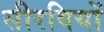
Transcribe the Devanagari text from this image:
सीरवियों